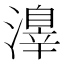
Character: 𣿒